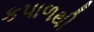
કપાળથી